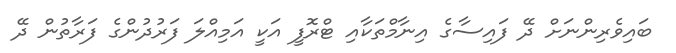
ބައިވެރިންނަށް ދޭ ފައިސާގެ އިނާމްތަކާއި ޓްރޮފީ އަކީ އަމިއްލަ ފަރުދުންގެ ފަރާތުން ދޭ